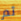
ثم